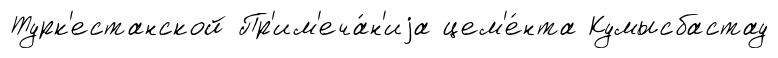
Турк'естанской Пр'им'еча́н'иjа цем'е́нта Кумысбастау